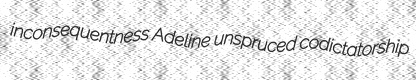
inconsequentness Adeline unspruced codictatorship